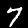
Digit: 7